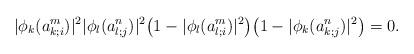
LaTeX: \begin{align*}|\phi_k(a_{k;i}^m)|^2|\phi_l(a_{l;j}^n)|^2\big(1-|\phi_l(a_{l;i}^m)|^2\big)\big(1-|\phi_k(a_{k;j}^n)|^2\big)=0.\end{align*}